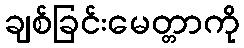
ချစ်ခြင်းမေတ္တာကို